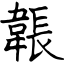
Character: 韔